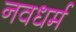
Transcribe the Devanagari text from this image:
नवधर्म